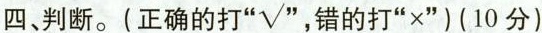
四、判断。(正确的打”√”，错的打”×”)(10分)